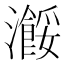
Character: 𤃠